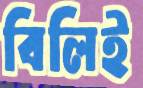
বিলিই